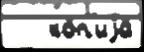
   ко́п'иjа